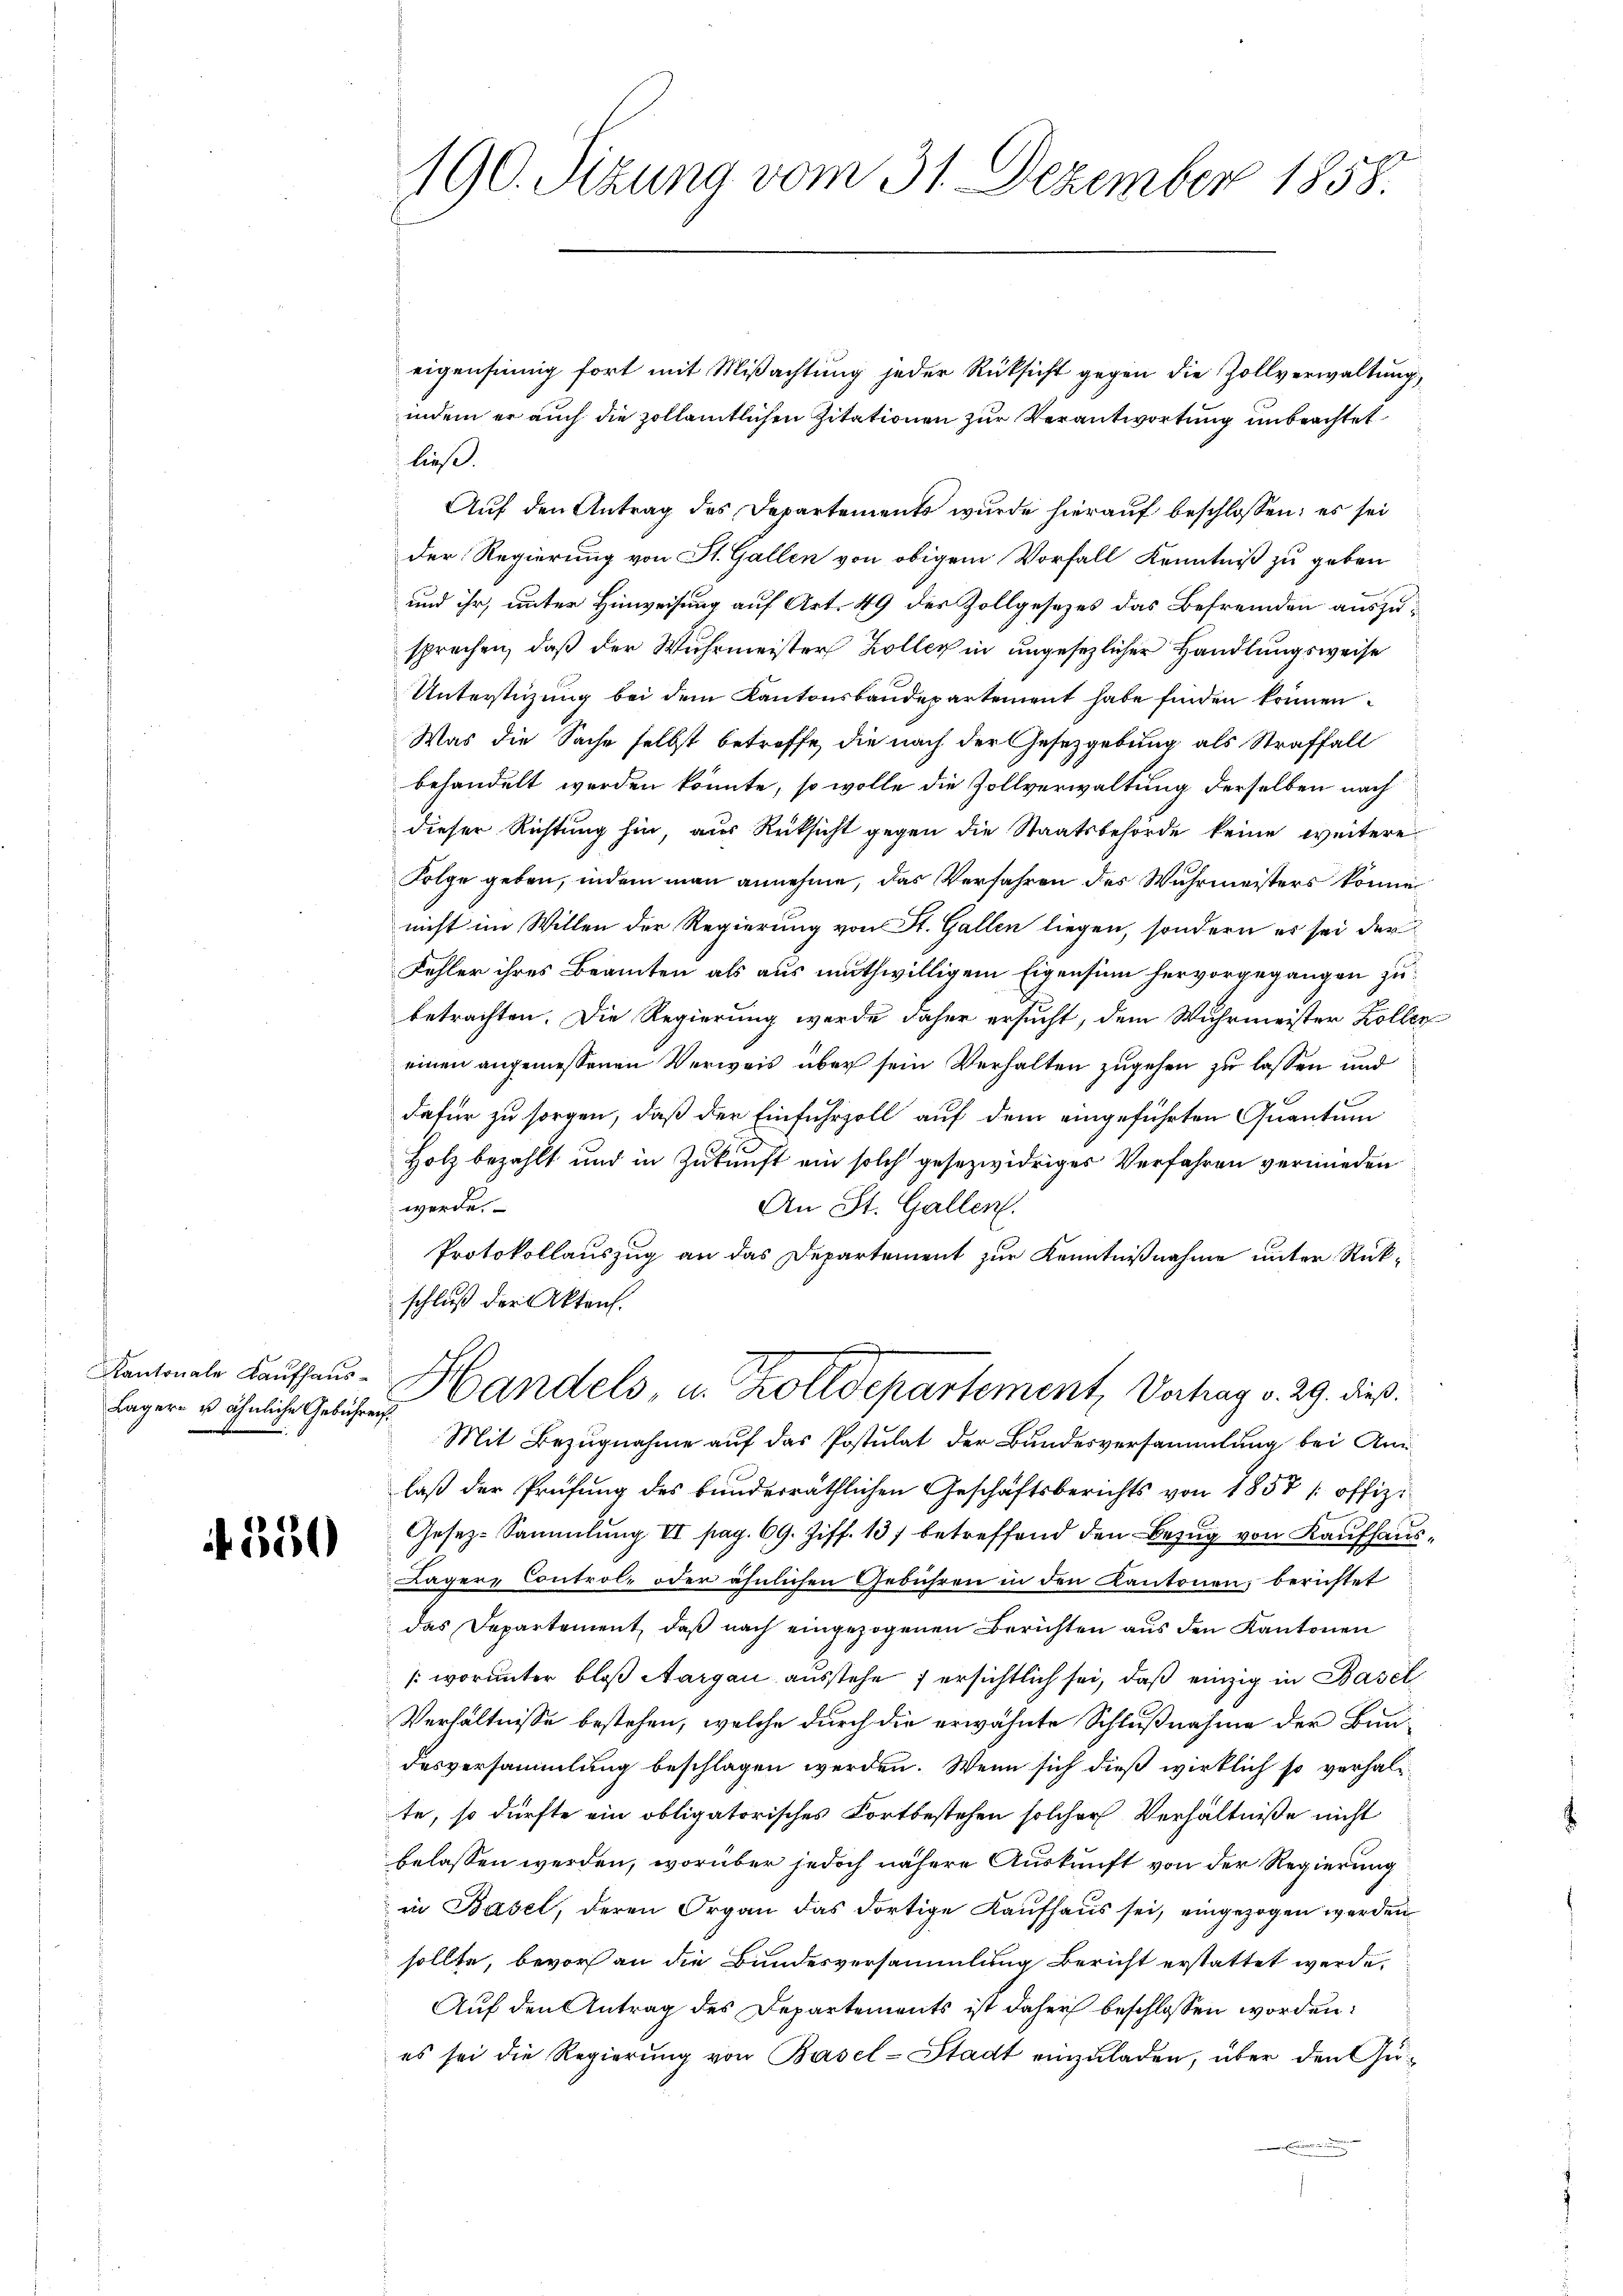
Kantonale Kaufhaus¬
Lager- u ähnliche Gebühren.

350

190. Sizung vom 31. Dezember 1858.

eigensinnig fort mit Mißachtung jeder Rücksicht gegen die Zollverwaltung,
indem er auch die zollamtlichen Zitationen zur Verantwortung unbeachtet
ließ.
Auf den Antrag des Departements wurde hierauf beschlossen; es sei
der Regierung von St. Gallen von obigem Vorfall Kenntniß zu geben
und ihr, unter Hinweisung auf Art. 49 des Zollgesezes das Befremden auszusprechen, daß der Wuhrmeister Koller in ungesezlicher Handlungsweise
Unterstüzung bei dem Kantonsbaudepartement habe finden können.
Was die Sache selbst betreffe, die nach der Gesetzgebung als Straffall
behandelt werden könnte, so wolle die Zollverwaltung derselben nach
dieser Richtung hin, aus Rücksicht gegen die Staatsbehörde keine weitere
Folge geben, indem man annehme, das Verfahren des Wuhrmeisters könne
nicht im Willen der Regierung von St. Gallen liegen, sondern es sei der
Fehler ihres Beamten als aus muthwilligem Eigensinn hervorgegangen zubetrachten. Die Regierung werde daher ersucht, dem Wuhrmeister Zoller
einen angemessenen Verweis über sein Verhalten zugehen zu lassen und
dafür zu sorgen, daß der Einfuhrzoll auf dem eingeführten Quantum
Holz bezahlt und in Zukunft ein solch gesezwidriges Verfahren vermieden
werde.
An St. Gallen.
Protokollauszug an das Departement zur Kenntnißnahme unter Rückschluß der Akten.
Handels, u. rolldepartement, Verhag v. 29. dieß.
Mit Bezugnahme auf das Postulat der Bundesversammlung bei Anlaß der Prüfung des bunderräthlichen Geschäftsberichts von 1857 / offiz¬
Gesez-Sammlung II pag. 69. Ziff. 137 betreffend den Bezug von Kaufhaus¬
Läger Control- oder ähnlichen Gebühren in den Kantonen, berichtet
das Departement, daß nach eingezogenen Berichten aus den Kantonen
(worunter bloß Aargau ausstehe ersichtlich sei, daß einzig in Basel
Verhältnisse bestehen, welche durch die erwähnte Schlußnahme der Baudesversammlung beschlagen werden. Wenn sich dieß wirklich so verhalte, so dürfte ein obligatorisches Fortbestehen solcher Verhältniße nicht
belassen werden, worüber jedoch nähere Auskunft von der Regierung
in Basel, deren Organ das dortige Kaufhaus sei, eingezogen werden
sollte, bevor an die Bundesversammlung Bericht erstattet werde.
Auf den Antrag des Departements ist daher beschlossen worden:
es sei die Regierung von Basel-Stadt einzuladen, über den Ge¬

i